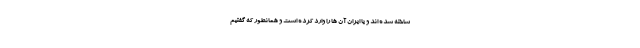
ساخته شده اند و یا ایران آن ها را وارد کرده است و همانطور که گفتیم